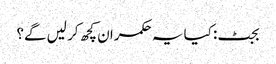
بجٹ: کیا یہ حکمران کچھ کر لیں گے؟